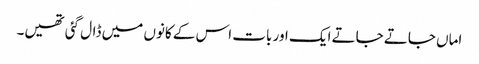
اماں جاتے جاتے ایک اور بات اس کے کانوں میں ڈال گئی تھیں۔